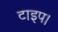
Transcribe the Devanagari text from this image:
टाइप।